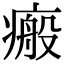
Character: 瘢